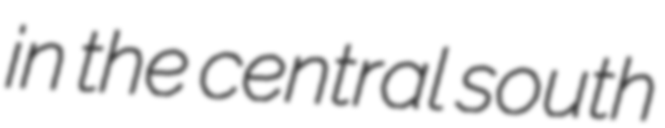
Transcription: in the central south